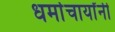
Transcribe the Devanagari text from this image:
धर्माचार्यांनी